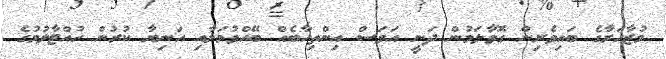
މުޒާހަރާގެ ބައިވެރިން ގޮވާލަމުން ދަނީ އަވަސް އިންތިހާބެއް ބޭއްވުމަށާއި އަނިޔާ ކުރުން ހުއްޓާލުމުގެ